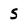
Character: S